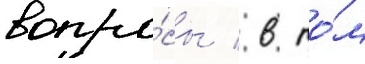
вопро́сы / в то́м